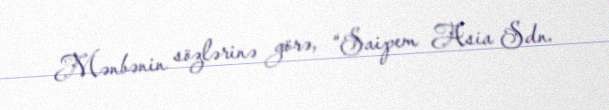
Mənbənin sözlərinə görə, “Saipem Asia Sdn.